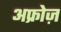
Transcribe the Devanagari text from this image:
अफ्रोज़